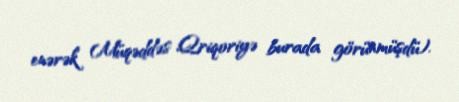
enərək Müqəddəs Qriqoriyə burada görünmüşdü).